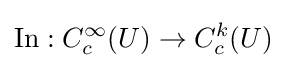
\operatorname {In} :C_{c}^{\infty }(U)\to C_{c}^{k}(U)